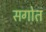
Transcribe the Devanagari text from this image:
सगोत